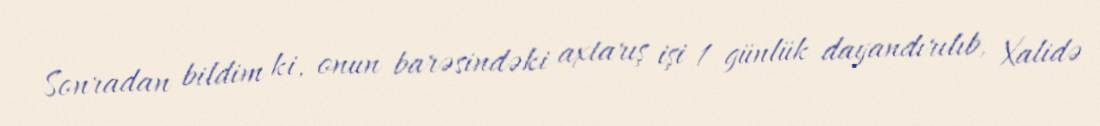
Sonradan bildim ki, onun barəsindəki axtarış işi 1 günlük dayandırılıb, Xalidə